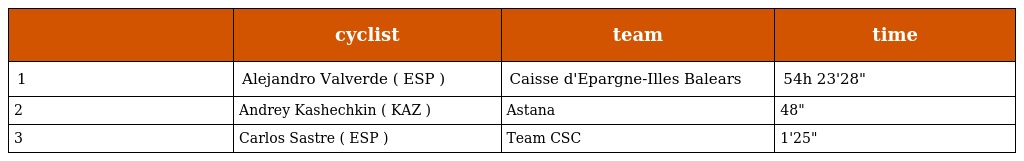
|  | cyclist | team | time |
 | --- | --- | --- | --- |
 | 1 | Alejandro Valverde ( ESP ) | Caisse d'Epargne-Illes Balears | 54h 23'28" |
 | 2 | Andrey Kashechkin ( KAZ ) | Astana | 48" |
 | 3 | Carlos Sastre ( ESP ) | Team CSC | 1'25" |